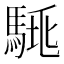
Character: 𩣛